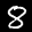
Label: 8